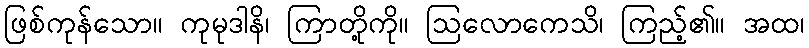
ဖြစ်ကုန်သော။ ကုမုဒါနိ၊ ကြာတို့ကို။ ဩလောကေသိ၊ ကြည့်၏။ အထ၊